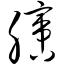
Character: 膪